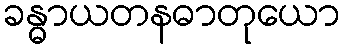
ခန္ဓာယတနဓာတုယော